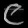
Digit: ၉